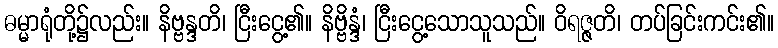
ဓမ္မာရုံတို့၌လည်း။ နိဗ္ဗန္ဒတိ၊ ငြီးငွေ့၏။ နိဗ္ဗိန္ဒံ၊ ငြီးငွေ့သောသူသည်။ ဝိရဇ္ဇတိ၊ တပ်ခြင်းကင်း၏။